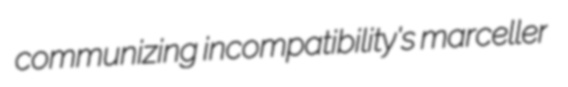
communizing incompatibility's marceller